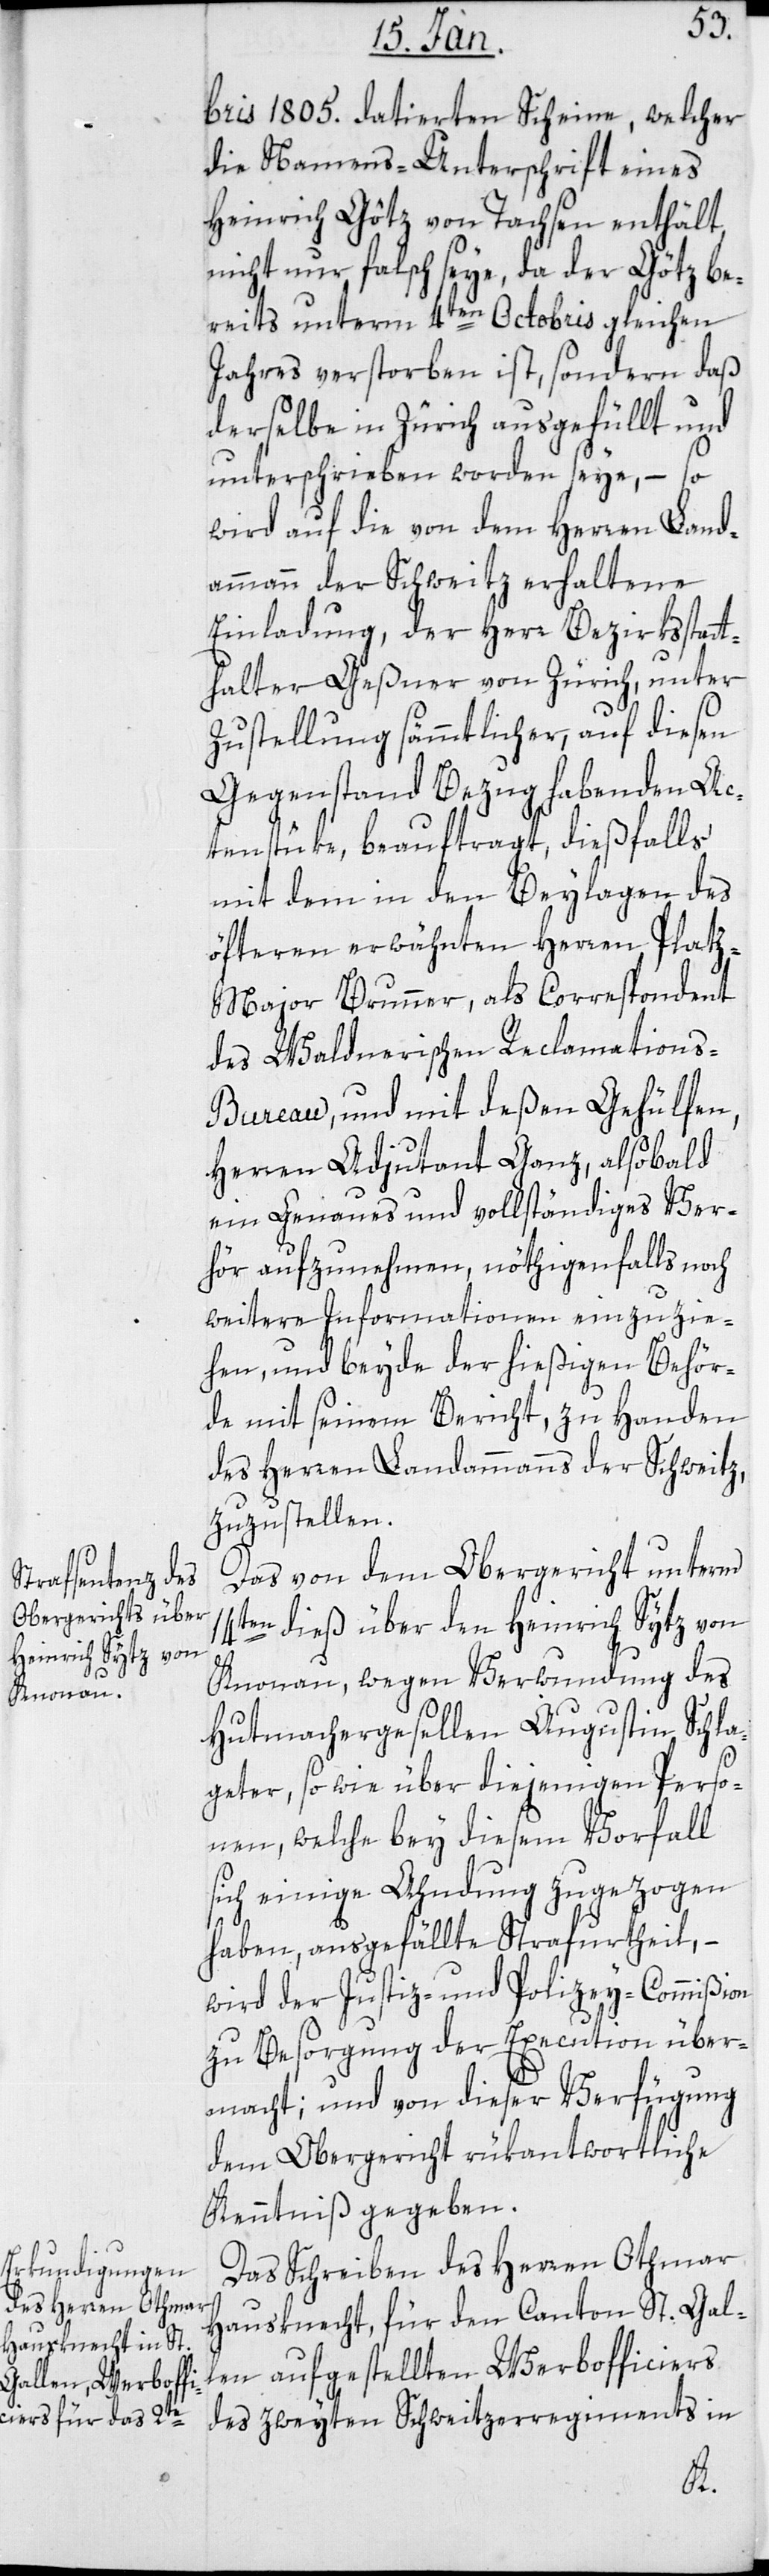
bris 1805. datierten Scheine, welcher
die Namens-Unterschrift eines
Heinrich Götz von Tachsen enthält,
nicht nur falsch seye, da der Götz be¬
reits unterm 4ten Octobris gleichen
Jahres verstorben ist, sondern daß
derselbe in Zürich ausgefüllt und
unterschrieben worden seye, – so
wird auf die von dem Herren Land¬
ammann der Schweitz erhaltene
Einladung, der Herr Bezirksstatt¬
halter Geßner von Zürich, unter
Zustellung sämmtlicher, auf diesen
Gegenstand Bezug habenden Ac¬
tenstücke beauftragt, dießfalls
mit dem in den Beylagen des
öfteren erwähnten Herren Plat¬
z-Major Brunner, als Correspondent
des Waldnerischen Reclamations-B¬
ureau, und mit deßen Gehülfen,
Herren Adjudant Ganz, alsobald
ein genaues und vollständiges Ver¬
hör aufzunehmen, nöthigenfalls noch
weitere Informationen einzuzie¬
hen, und beide der hießigen Behör¬
de mit seinem Bericht zu Handen
des Herren Landammanns der Schweitz,
zuzustellen.
Das von dem Obergericht unterm
14ten dieß über den Heinrich Sytz von
Knonau, wegen Verwundung des
Hutmachergesellen Augustin Schla¬
geter, sowie über diejenigen Perso¬
nen, welche bey diesem Vorfall
sich einige Ahndung zugezogen
haben, ausgefällte Strafurtheil, –
wird der Justiz- und Polizey-Commißion
zu Besorgung der Execution über¬
macht; und von dieser Verfügung
dem Obergericht rükantwortliche
Kenntniß gegeben.
Das Schreiben des Herren Othmar
Hausknecht, für den Canton St. Gal¬
len aufgestellten Werbofficiers
des zweyten Schweitzerregiments in